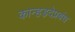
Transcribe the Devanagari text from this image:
कान्हड़देप्रबंध